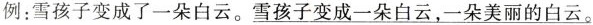
例：雪孩子变成了一朵白云。雪孩子变成一朵白云，一朵美丽的白云。